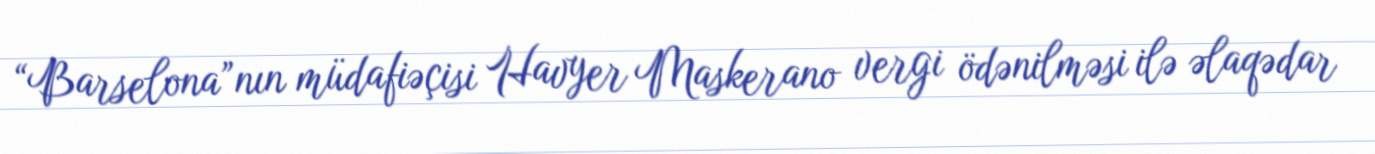
“Barselona”nın müdafiəçisi Havyer Maskerano vergi ödənilməsi ilə əlaqədar